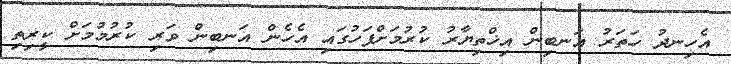
އެހިނދު ހަތަރު އަނބިން އިޚްތިޔާރު ކުރުމަށްފަހުގައި އެހެން އަނބިން ވަރި ކުރުމުމަށް ކީރިތި